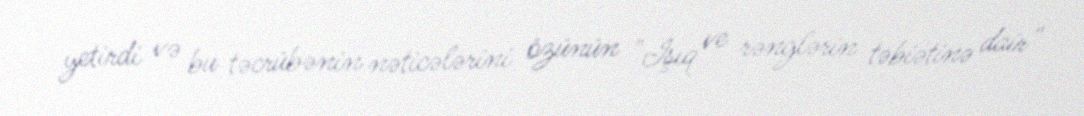
yetirdi və bu təcrübənin nəticələrini özünün "İşıq ve rənglərin təbiətinə dair"